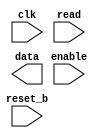
module counter(
    input clk,
    input reset_b,
    input enable,
    input read,
    output [7:0] data,
);

reg [7:0] count;
// FF으로 설계된.(negedge, posedge)
always @(negedge reset_b or posedge clk) // negative edge에서~
    if(~reset_b)
        count <= 8'b0; // 0을 7개 채우면 부족해서 error인건 알겠는데, 0말고 11넣으면 3으로 보는지 11로 볼지.
    else if(a == 1)
        count <= count + 1;
endmodule